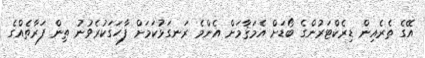
އޭގެ ތެރެއިން ޑިރެކްޓަރުންގެ ބޯޑަށް އެމަޤާމަށް އެންމެ ރަނގަޅުކަމަށް ފާހަގަކުރެވުނު ތިން ފަރާތެއްގެ